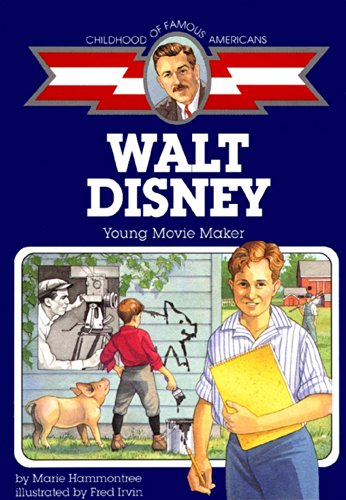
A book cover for Walt Disney: Young Movie Maker (Childhood of Famous Americans); Marie Hammontree; Children's Books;